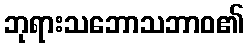
ဘုရားသဘောသဘာဝ၏